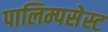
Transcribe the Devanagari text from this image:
पालिम्पसेस्ट